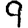
Digit: 9